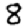
Digit: 8